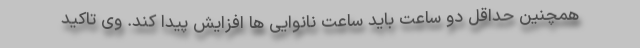
همچنین حداقل دو ساعت باید ساعت نانوایی ها افزایش پیدا کند. وی تاکید